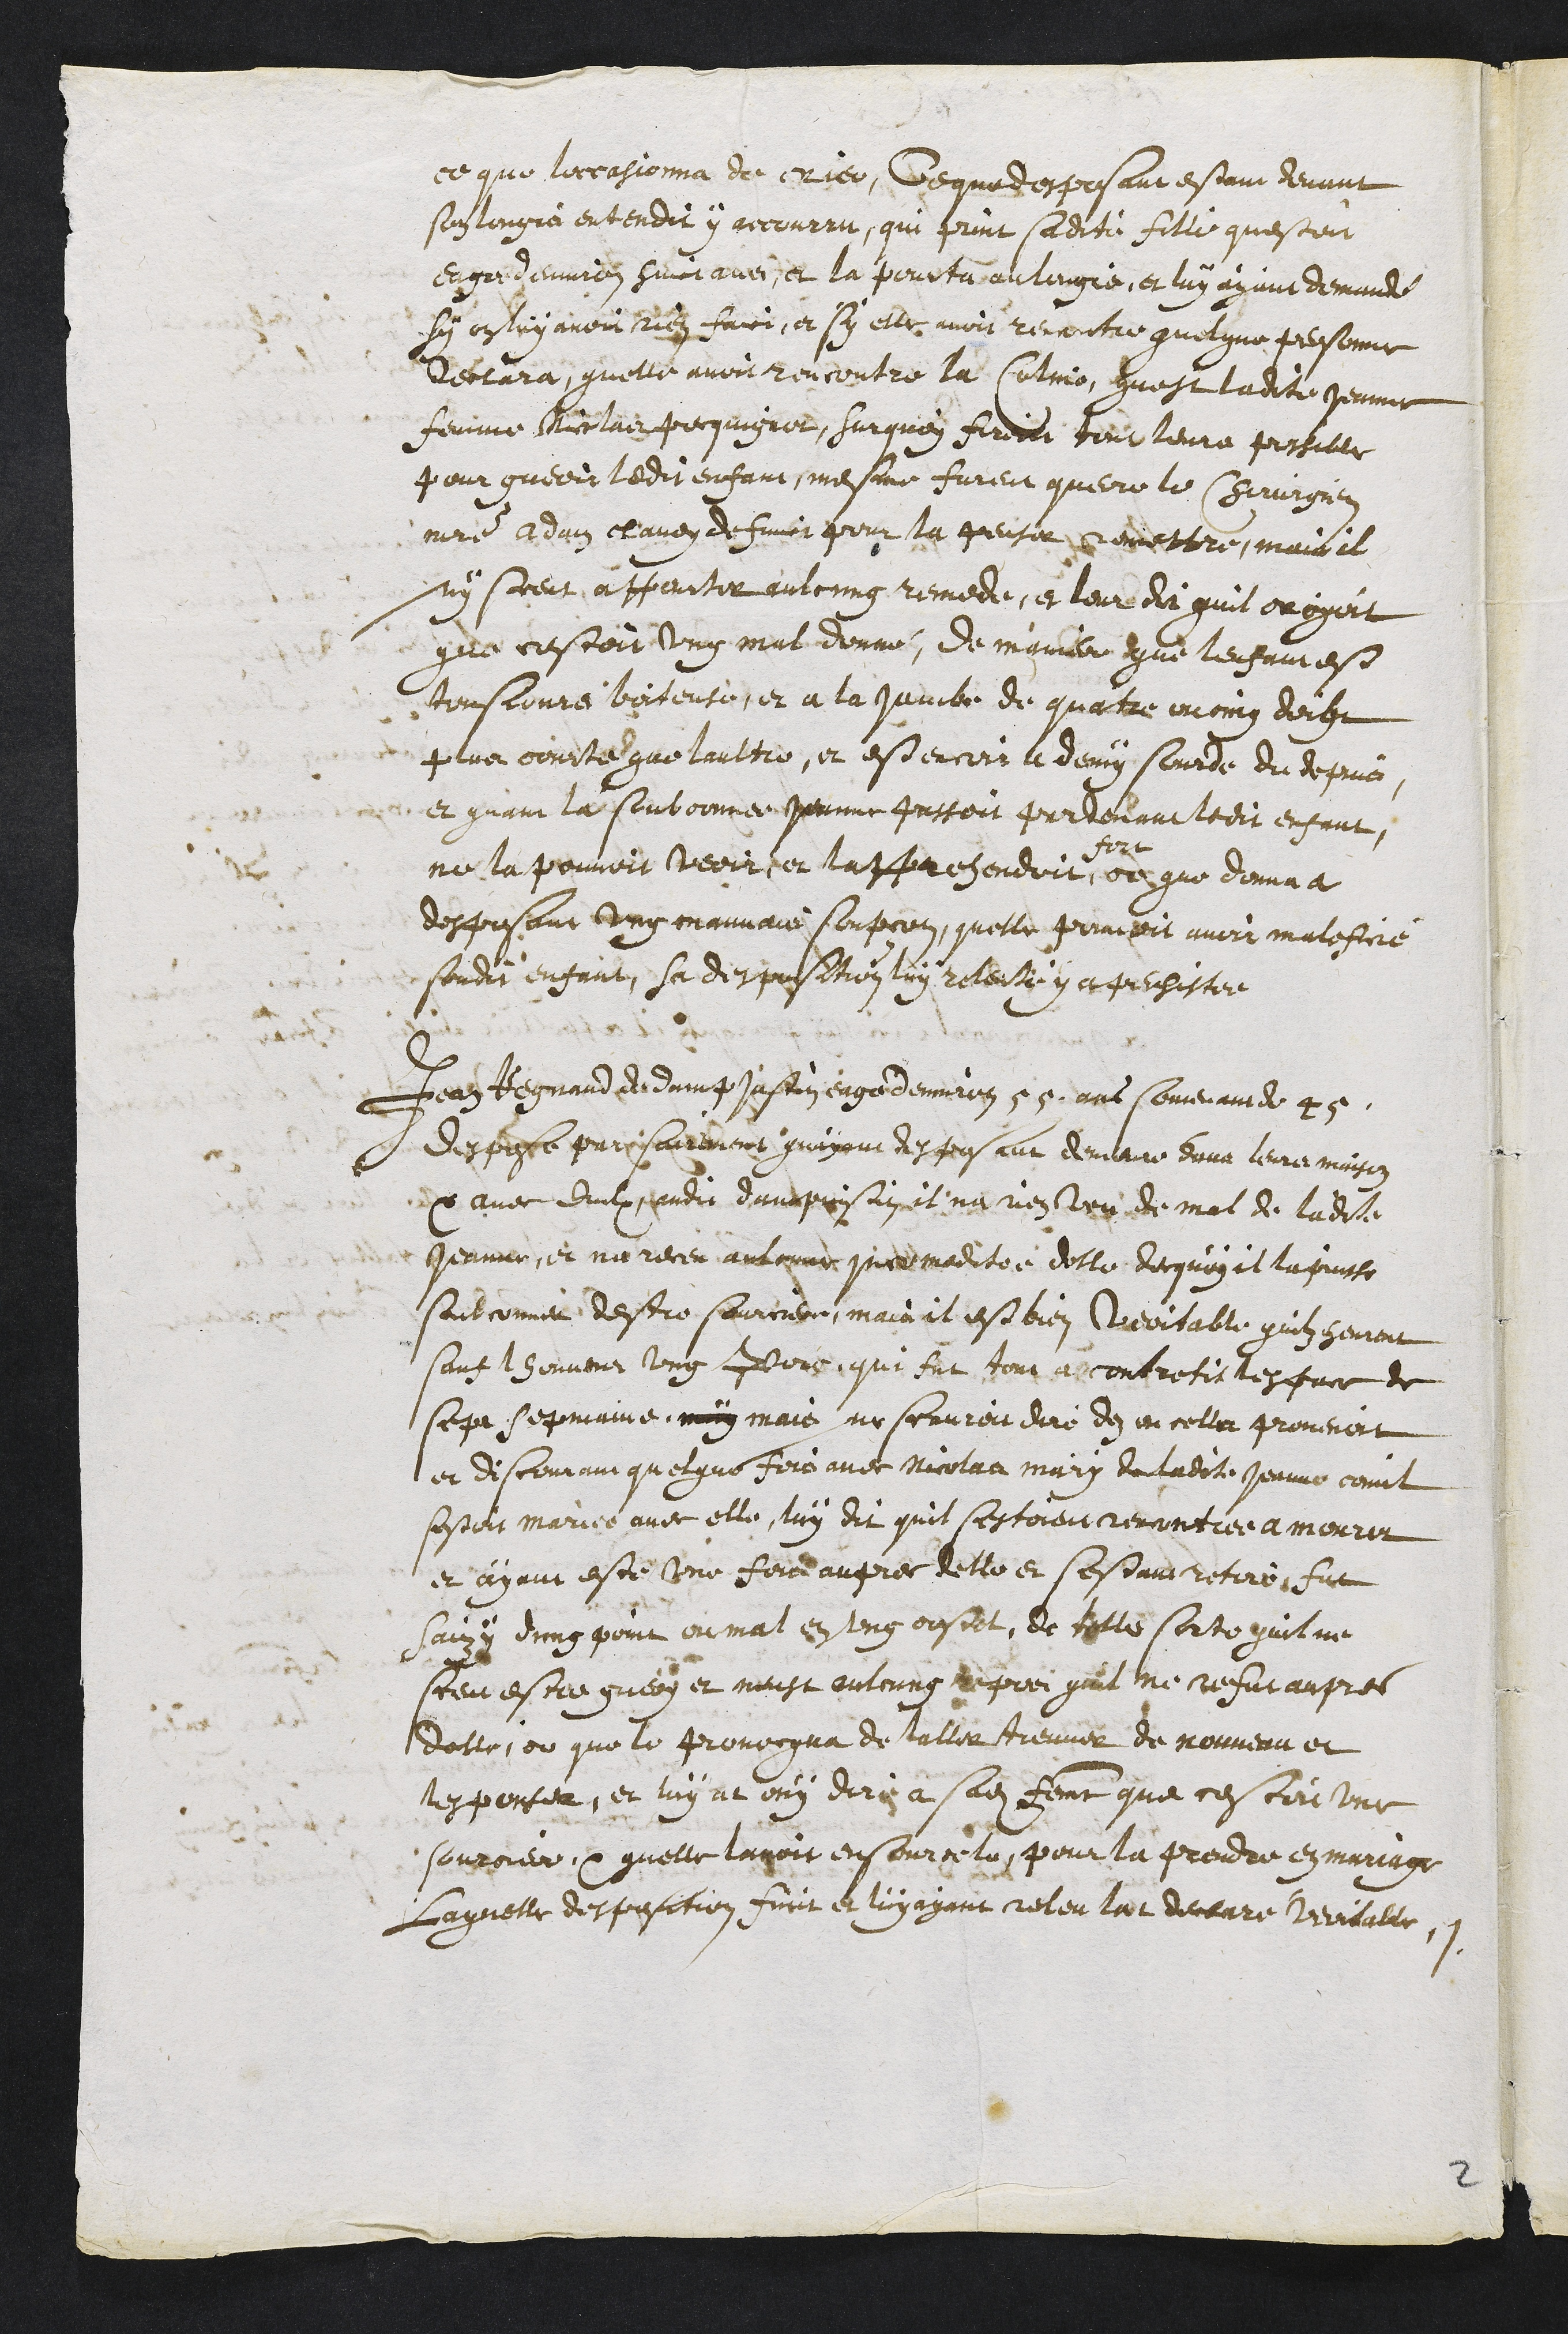
ce que lorcasionna de rier, De que desposant estain devant
sonlingis entendit y accourru, qui print sadite fille questoit
enguedennéz suict avec, et la pourtu au longie, et luy ayant demande
sy entry avoir rien faici, et sy elle avoit rencontre quelque pebesonne
Dectara, quelle avoit rencontre la Colmo, quest ladite penun
femme Niclaies Pecquignor, Surquoy firenee tout leurs postille
pour guerir ledit enfant mesme furent querre le Chirirgien
maistre Adms claven defunit pour la peusir remettre, mais il
ny secent apperiter aulcung remede, et leur du quil orogait
que crstoit un mal donné, de mainer que lenfainest
tonsjours biiteuse, et a la jambe de quatre moing derge
flus courté que laultre, et est encors le demy sourde du depuis,
et quant la soubronnée jounne Passoit pardevant ledit enfant,
ne la pouvoit veoirer lappachendoit
fore
de que donna a
desposant ung mauvais soupcon, quelle pouvoit avoir malestrre
sondit enfant, sa despesetien luy relerté y et prechestée
Beans Begnaud et duing jaftan eage denuerirr 5 9. ans Comerantee 4
despose parisairement quajont desposant demeure duna leurs maision
x avec duulx pudit damprisin it na nien veu de mal de ladite
Jeanne, et nu recen aulcune que maditée dolle decquoy il la puiste
soitconne destre sourcierr, main il est bien veortable quilz semont
sans thenvenr ung Pors sue fut tour acontretis lesfuie de
sepa sepmaine, moin mais ne scrvren dire des encella provenat
et discomnain quelque fois avec Nicolad mary de ladcte Jernne commt
sestoit mariée avec elle, luy dit quil sestoien rencontiée a mourir
et ayant este une fois aupres delle et sestant retire fut
Saizy dung pount ou mal en ung oustet, de telle sortequitine
steur estre gueoy et moust aulcung reprei quil ne refut aupres
datte, ou que le provecqua de laller treuver de nouveau et
tesponteu, et luy nt ony diry a sadite femme que cescui une
souroier t quelle lavoit ensource le pour la prendre en mariage
Caquelle despessetion Surit et luyayant releu lat dectaré Veritalle,